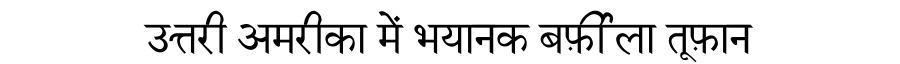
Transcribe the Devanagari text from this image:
उत्तरी अमरीका में भयानक बर्फ़ीला तूफ़ान